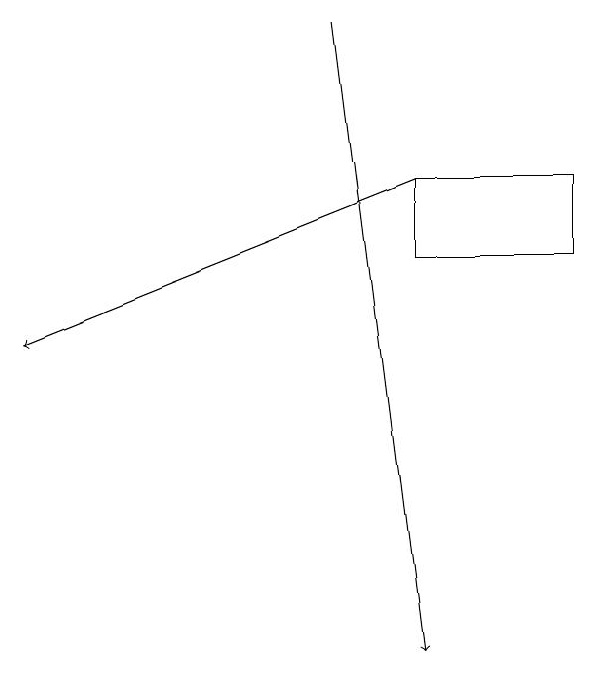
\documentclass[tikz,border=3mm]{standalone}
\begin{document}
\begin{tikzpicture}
\draw[->] (5,18) -- (6,10);
\draw[->] (6,16) -- (1,14);
\draw (6,16) rectangle (8,15);
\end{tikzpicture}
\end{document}